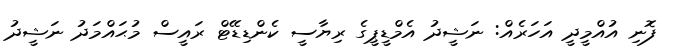
ފޮނި އުއްމީދީ އަހަރެއް: ނަޝީދު އެމްޑީޕީގެ ރިޔާސީ ކެންޑިޑޭޓް ރައީސް މުޙައްމަދު ނަޝީދު